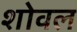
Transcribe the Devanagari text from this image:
शोवल